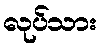
လုပ်သား